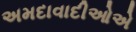
અમદાવાદીઓએ